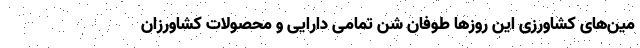
مین‌های کشاورزی این روزها طوفان شن تمامی دارایی و محصولات کشاورزان